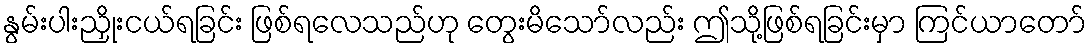
နွမ်းပါးညှိုးငယ်ရခြင်း ဖြစ်ရလေသည်ဟု တွေးမိသော်လည်း ဤသို့ဖြစ်ရခြင်းမှာ ကြင်ယာတော်